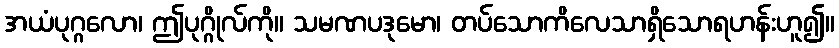
အယံပုဂ္ဂလော၊ ဤပုဂ္ဂိုလ်ကို။ သမဏပဒုမော၊ တပ်သောကိလေသာရှိသောရဟန်းဟူ၍။